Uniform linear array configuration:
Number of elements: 16
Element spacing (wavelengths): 0.25
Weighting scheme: hann
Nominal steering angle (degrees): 0
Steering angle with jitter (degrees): -0.9752
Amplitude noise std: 0.05
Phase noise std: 0.05

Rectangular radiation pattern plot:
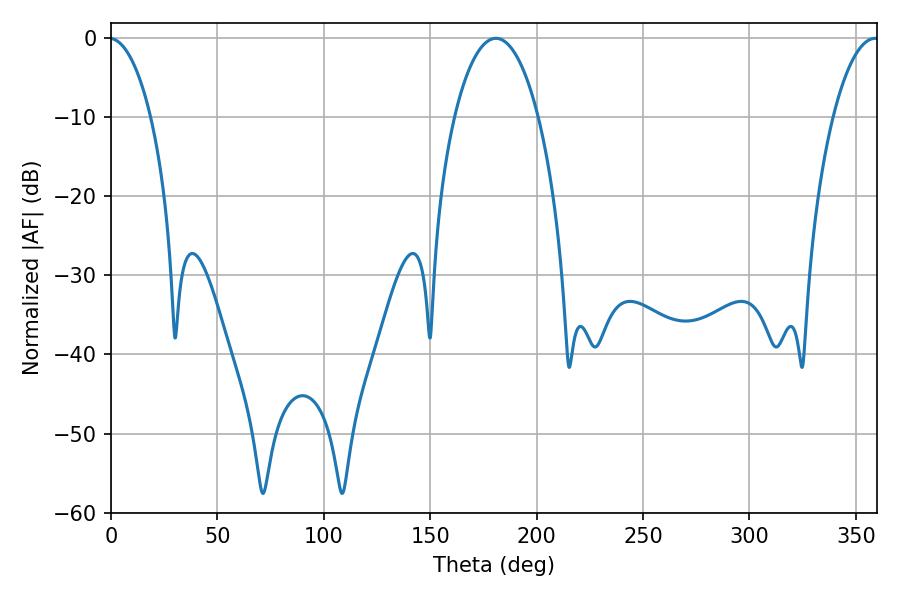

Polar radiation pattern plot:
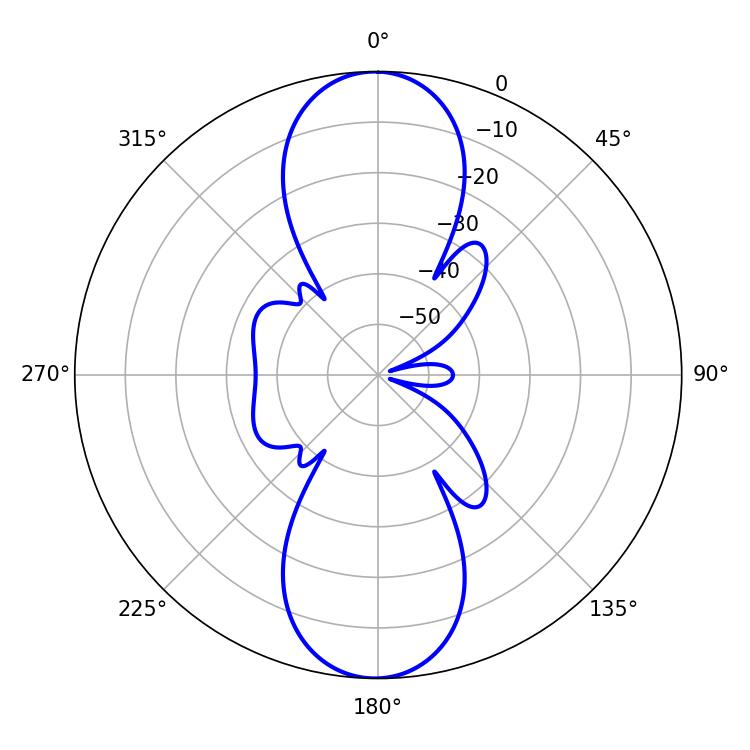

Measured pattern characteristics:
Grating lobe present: FALSE
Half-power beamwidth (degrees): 21.96
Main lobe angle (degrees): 180.9